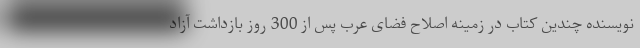
نویسنده چندین کتاب در زمینه اصلاح فضای عرب پس از 300 روز بازداشت آزاد